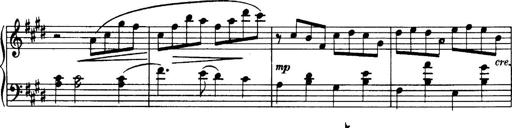
Title: 3 Sonatinas, Op.67
Composer: Jean Sibelius